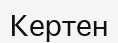
Кертен